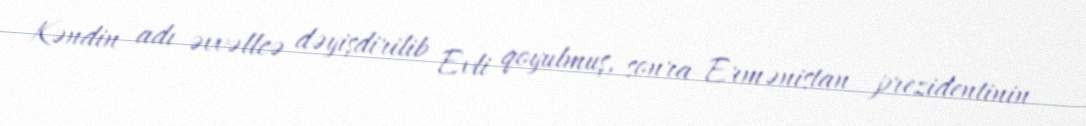
Kəndin adı əvvəllcə dəyişdirilib Evli qoyulmuş, sonra Ermənistan prezidentinin